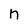
Character: n